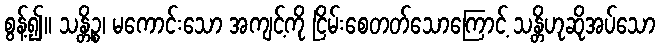
စွန့်၍။ သန္တိဉ္စ၊ မကောင်းသော အကျင့်ကို ငြိမ်းစေတတ်သောကြောင့် သန္တိဟုဆိုအပ်သော